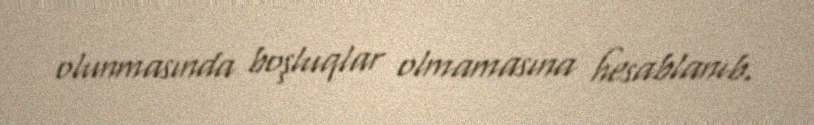
olunmasında boşluqlar olmamasına hesablanıb.